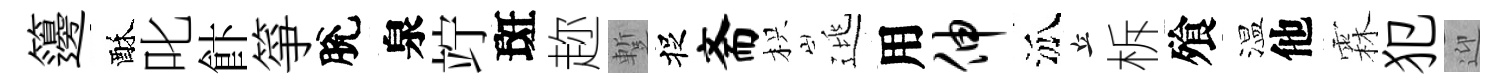
籩酥叱飰箏脫泉竚斑趂蹔捉斋枳逃用伸泒丘柝飱温他霖犯迎